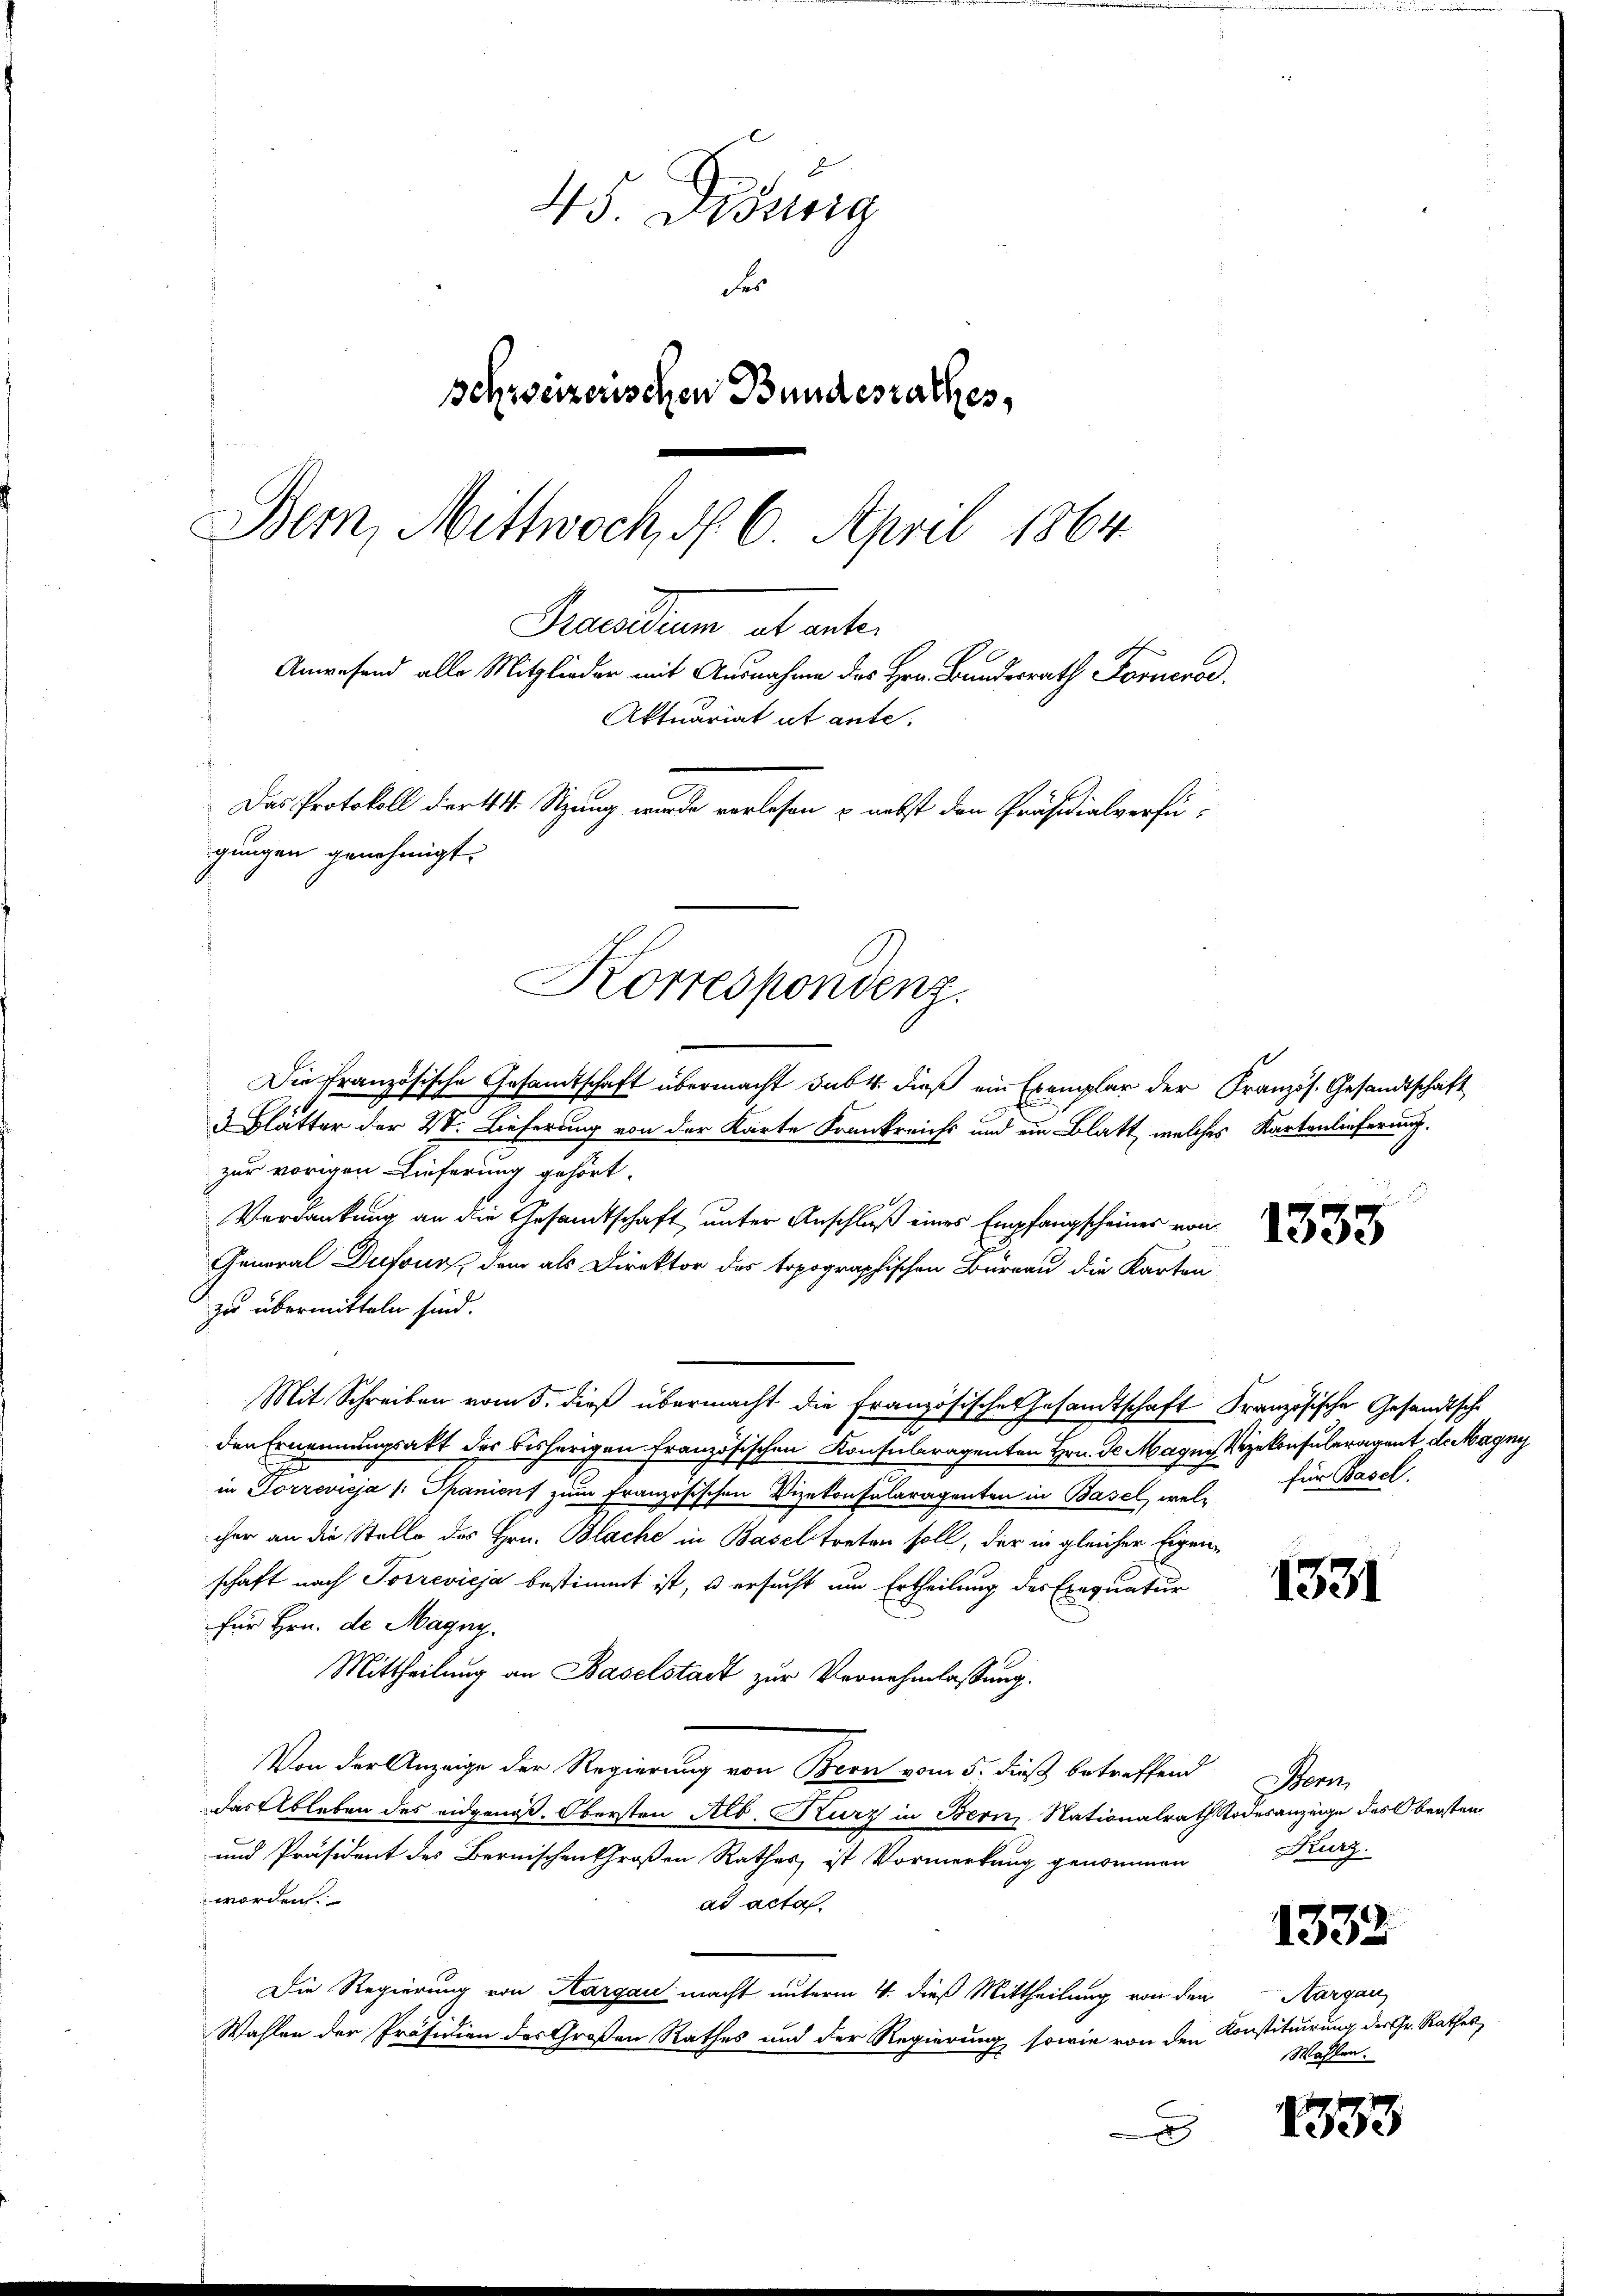
45. Didung
Fer
Schweizerischen Bundesrathes,
Bern, Mittwoch, § 6. April 1864.
Praesidium ab unter
Anwesend alle Mitglieder mit Ausnahme des Hrn. Bundesrath Fornerod
Aktuariat et ante.
Das Protokoll der 4. Sitzung wurde verlesen & nebst den Präsidialverfügungen genehmigt.
Korrespondenz.

Die Französische Gesamtschaft übermacht sub 4. dieß ein Exemplar der Französ. Gesandtschaft

Blätter der VV. Lieferung von der Karte Frankreichs und ein Blatt, welches Kartenlieferung.
zur vorigen Lieferung gehört.
Verdankung an die Gesandtschaft unter Anschluß eines Empfangscheines von
General Dufour, dem als Direktor des topographischen Büreau die Karten
zu übermitteln sind.
den Ernennungsakt des bisherigen Französischen Konsuleragenten Hrn. Se Magn. Vizekonsuleragent de Magny
in Forrevieja /: Spanienf zum Französischen Vizekonsularagenten in Basel, wel für Basel,
cher an die Stelle des Hrn. Blache in Basel treten soll, der in gleicher Eigen-
schaft nach Torrevieja bestimmt ist, u ersucht um Ertheilung des Exequatur
für Hrn. de Magn.
Mittheilung an Baselstadt zur Vernehmlassung.
Von der Anzeige der Regierung von Bern vom 5. dieß betreffend
das Ableben des eidgenoß. Obersten Alb. Kurz in Bern Nationalrath Todesanzeige des Obersten
und Präsident des Bernischen Großen Rathes ist Vormerkung genommen
worden.
ad acta.
Die Regierung von Aargau macht unterm 4. dieß Mittheilung von den
Wahlen der Präsidien des Großen Rathes und der Regierung sowie von den Konstituirung der Gr. Rathes,
x

Mit Schreiben vom 5. dieß übermacht die Französische Gesandtschaft Französische Gesandtsche

Bern
Kurz.

Aargau
Wahlen.

1333

1331

1332

1353